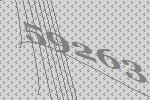
59263